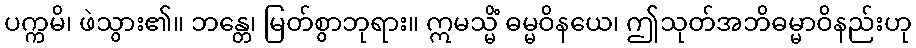
ပက္ကမိ၊ ဖဲသွား၏။ ဘန္တေ၊ မြတ်စွာဘုရား။ ဣမသ္မိံ ဓမ္မဝိနယေ၊ ဤသုတ်အဘိဓမ္မာဝိနည်းဟု